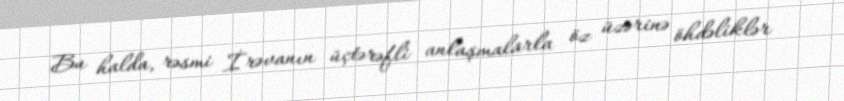
Bu halda, rəsmi İrəvanın üçtərəfli anlaşmalarla öz üzərinə öhdəliklər